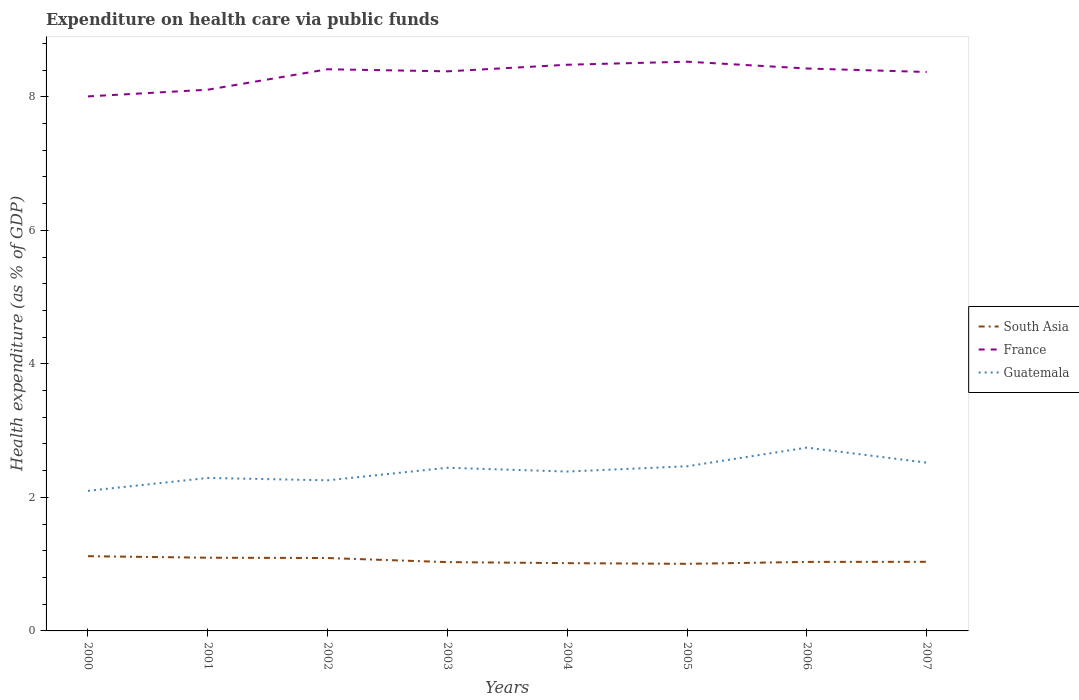
| Years | South Asia | France | Guatemala |
 | --- | --- | --- | --- |
 | 2000 | 1.12 | 8.01 | 2.1 |
 | 2001 | 1.1 | 8.11 | 2.29 |
 | 2002 | 1.09 | 8.41 | 2.26 |
 | 2003 | 1.03 | 8.38 | 2.44 |
 | 2004 | 1.02 | 8.48 | 2.39 |
 | 2005 | 1 | 8.53 | 2.47 |
 | 2006 | 1.03 | 8.42 | 2.75 |
 | 2007 | 1.04 | 8.37 | 2.52 |